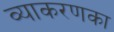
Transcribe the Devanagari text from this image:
व्याकरणका